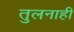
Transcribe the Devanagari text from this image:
तुलनाही